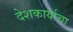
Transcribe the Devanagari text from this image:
देशकार्याचा